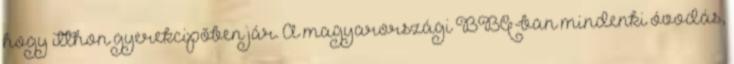
hogy itthon gyerekcipőben jár. A magyarországi BBQ-ban mindenki óvodás,